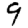
Digit: 9